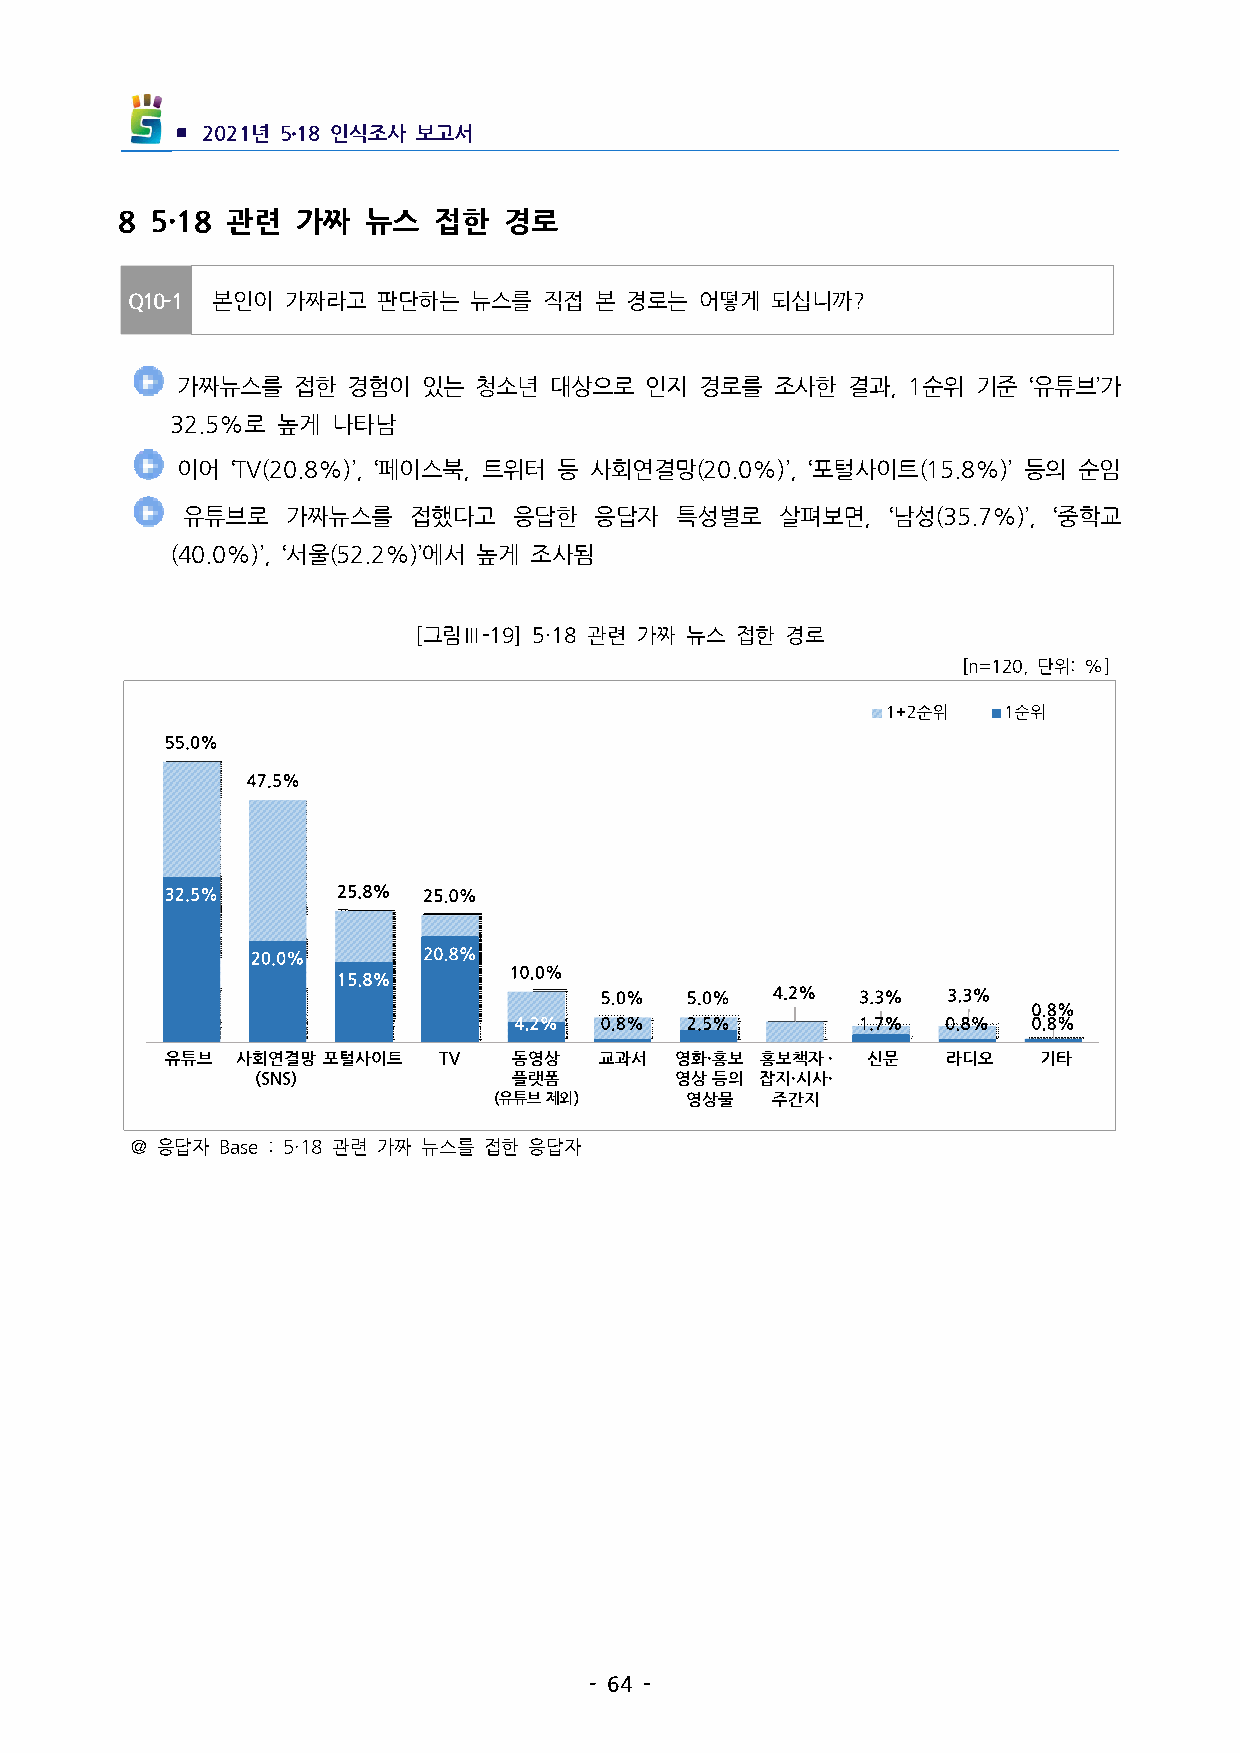
▪ 2021년 5․18인식조사 보고서
 8 5·18 관련 가짜  뉴스   접한  경로
 Q10-1 본인이  가짜라고  판단하는  뉴스를  직접 본 경로는  어떻게  되십니까?
 가짜뉴스를  접한  경험이  있는 청소년  대상으로   인지 경로를  조사한  결과,1순위  기준 ‘유튜브’가
 32.5%로 높게  나타남
 이어 ‘TV(20.8%)’,‘페이스북,트위터 등 사회연결망(20.0%)’,‘포털사이트(15.8%)’등의 순임
  유튜브로  가짜뉴스를   접했다고   응답한  응답자   특성별로   살펴보면, ‘남성(35.7%)’, ‘중학교
 (40.0%)’,‘서울(52.2%)’에서 높게 조사됨
 [그림Ⅲ-19] 5·18관련 가짜 뉴스 접한 경로
 [n=120,단위:%]
 유튜브  사회연결망 포털사이트  TV   동영상   교과서  영화·홍보 홍보책자· 신문    라디오   기타
 (SNS)            플랫폼        영상등의 잡지·시사·
 (유튜브제외)     영상물   주간지
 ＠응답자 Base:5·18관련 가짜 뉴스를 접한 응답자
 -64-